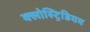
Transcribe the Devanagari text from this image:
क्लोस्ट्रिडियम